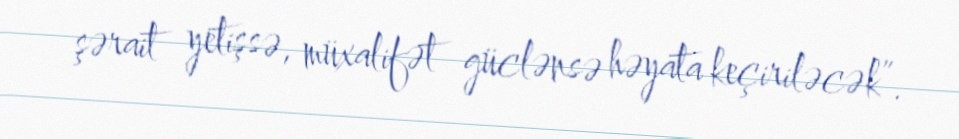
şərait yetişsə, müxalifət güclənsə həyata keçiriləcək”.